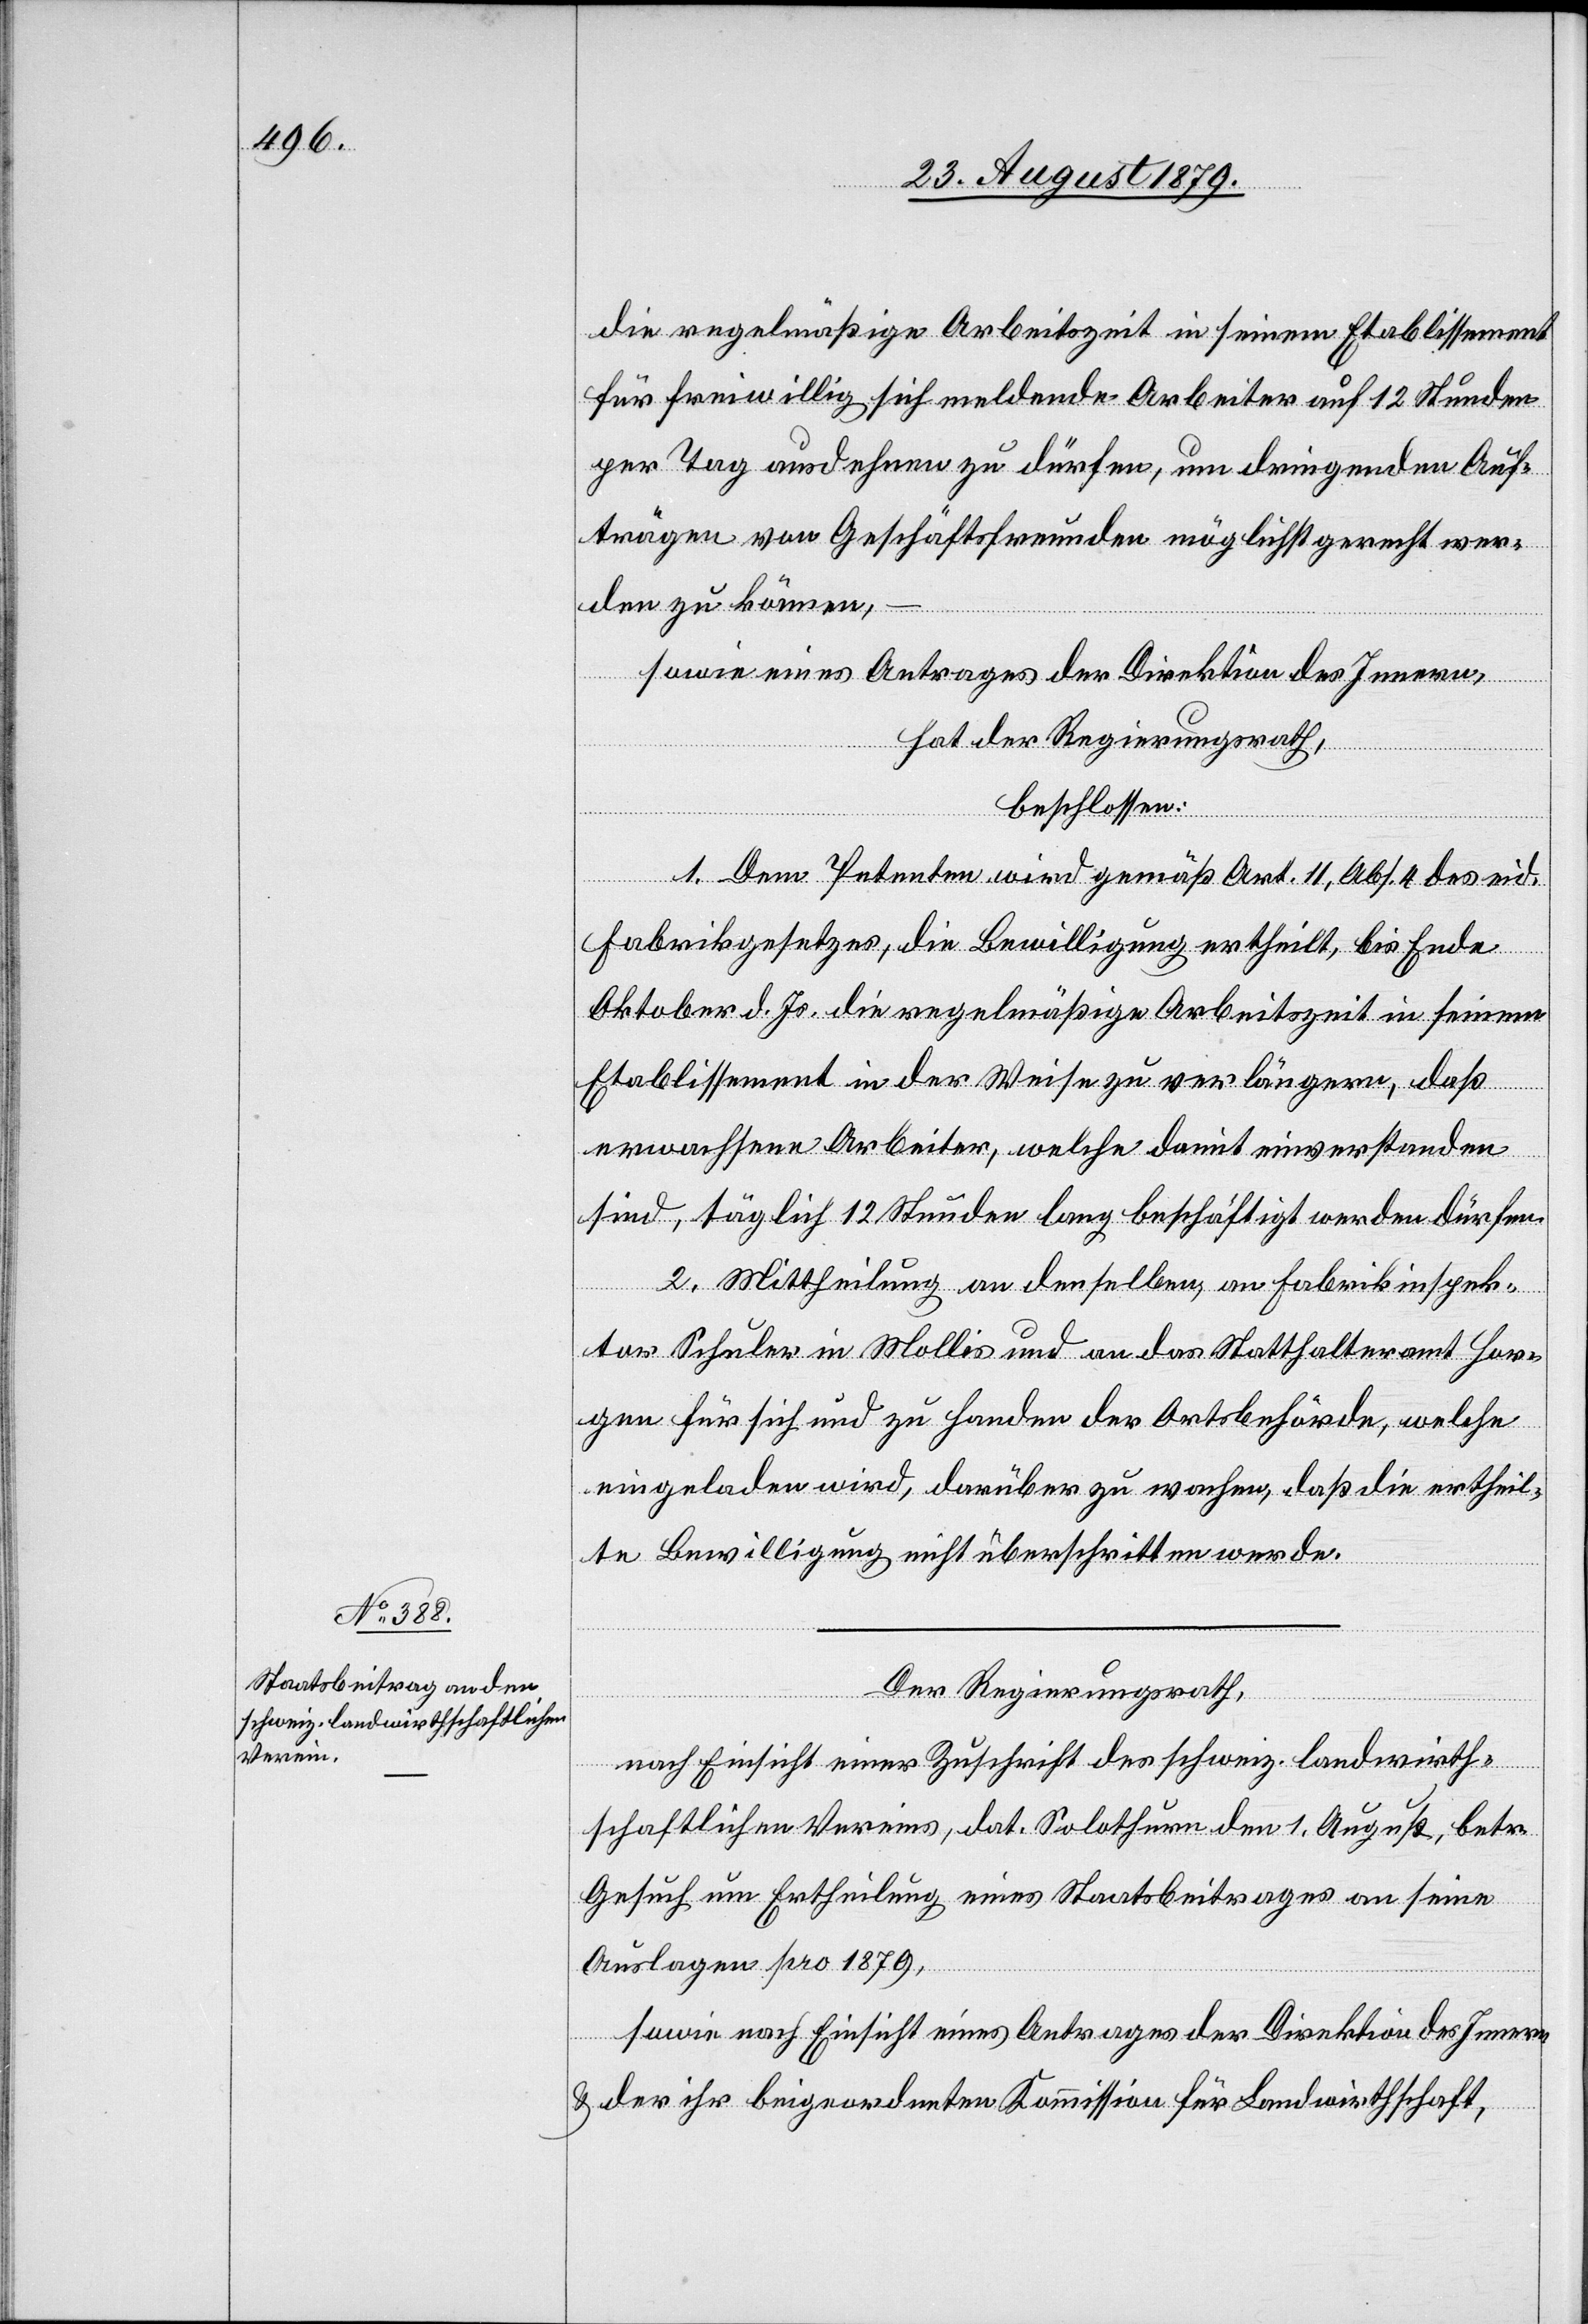
die regelmäßige Arbeitszeit in seinem Etablissement
für freiwillig sich meldende Arbeiter auf 12 Stunden
per Tag ausdehnen zu dürfen, um dringenden Auf¬
trägen von Geschäftsfreunden möglichst gerecht wer¬
den zu können,
sowie eines Antrages der Direktion des Innern,
hat der Regierungsrath,
beschlossen:
1. Dem Petenten wird gemäß Art. 11, Abs. 4 des eid.
Fabrikgesetzes, die Bewilligung ertheilt, bis Ende
Oktober d. Js. die regelmäßige Arbeitszeit in seinem
Etablissement in der Weise zu verlängern, daß
erwachsene Arbeiter, welche damit einverstanden
sind, täglich 12 Stunden lang beschäftigt werden dürfen.
2. Mittheilung an denselben, an Fabrikinspek¬
tor Schuler in Mollis und an das Statthalteramt Hor¬
gen für sich und zu Handen der Ortsbehörde, welche
eingeladen wird, darüber zu wachen, daß die ertheil¬
te Bewilligung nicht überschritten werde.
Der Regierungsrath,
nach Einsicht einer Zuschrift des schweiz. landwirth¬
schaftlichen Vereins, dat. Solothurn den 1. August, betr.
Gesuch um Ertheilung eines Staatsbeitrages an seine
Auslagen pro 1879,
sowie nach Einsicht eines Antrages der Direktion des Innern
& der ihr beigeordneten Kommission für Landwirthschaft,